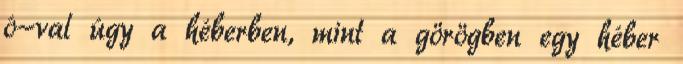
ó-val úgy a héberben, mint a görögben egy héber